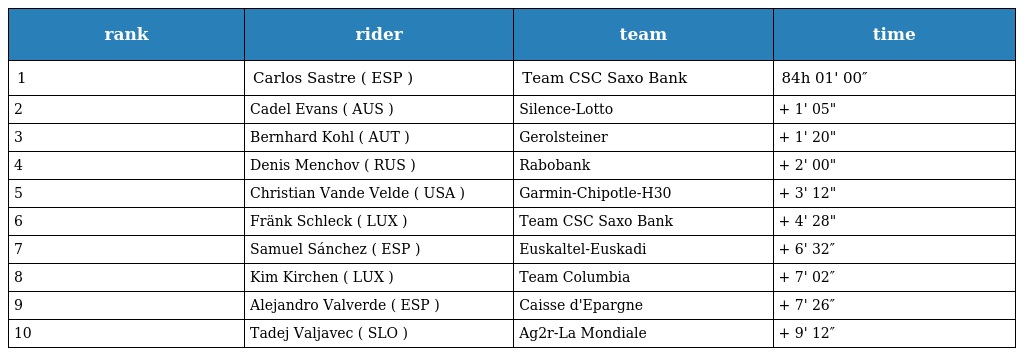
| rank | rider | team | time |
 | --- | --- | --- | --- |
 | 1 | Carlos Sastre ( ESP ) | Team CSC Saxo Bank | 84h 01' 00″ |
 | 2 | Cadel Evans ( AUS ) | Silence-Lotto | + 1' 05" |
 | 3 | Bernhard Kohl ( AUT ) | Gerolsteiner | + 1' 20" |
 | 4 | Denis Menchov ( RUS ) | Rabobank | + 2' 00" |
 | 5 | Christian Vande Velde ( USA ) | Garmin-Chipotle-H30 | + 3' 12" |
 | 6 | Fränk Schleck ( LUX ) | Team CSC Saxo Bank | + 4' 28" |
 | 7 | Samuel Sánchez ( ESP ) | Euskaltel-Euskadi | + 6' 32″ |
 | 8 | Kim Kirchen ( LUX ) | Team Columbia | + 7' 02″ |
 | 9 | Alejandro Valverde ( ESP ) | Caisse d'Epargne | + 7' 26″ |
 | 10 | Tadej Valjavec ( SLO ) | Ag2r-La Mondiale | + 9' 12″ |